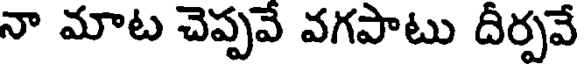
నా మాట చెప్పవే వగపాటు దీర్పవే